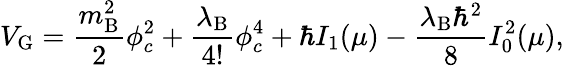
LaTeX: V_{\mathrm{G}}=\frac{m_{\mathrm{B}}^{2}}{2}\phi_{c}^{2}+\frac{\lambda_{\mathrm{B}}}{4!}\phi_{c}^{4}+\hbar I_{1}(\mu)-\frac{\lambda_{\mathrm{B}}\hbar^{2}}{8}I_{0}^{2}(\mu),